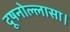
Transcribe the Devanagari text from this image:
दूषनोल्लासा।